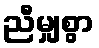
ညီမျှစွာ